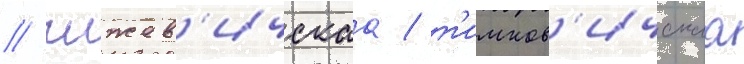
/ чижев'ичскаа / т'имков'ичскаа